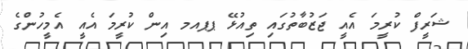
ޝަރީފް ކުރީމަ އެއީ ޖަޒުބާތުގައި ތިއުޅޭ ޕޕއމ އިން ކުރީމަ އެެއީ އެމީހުންގެެ